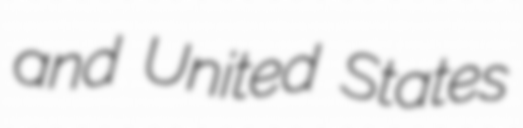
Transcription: and United States